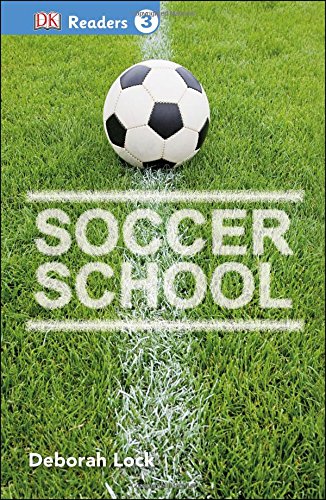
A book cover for DK Readers L3: Soccer School; DK; Children's Books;